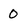
Character: o